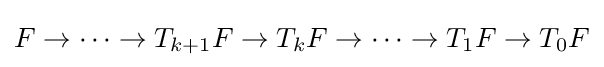
F\to \cdots \to T_{k+1}F\to T_{k}F\to \cdots \to T_{1}F\to T_{0}F